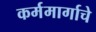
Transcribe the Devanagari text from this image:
कर्ममार्गाचे